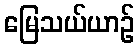
မြေသယ်ယာဉ်